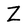
Character: Z